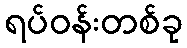
ရပ်ဝန်းတစ်ခု